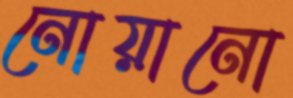
নোয়ানো